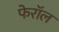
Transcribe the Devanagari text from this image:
फेरॉल